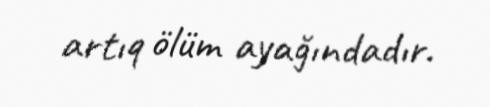
artıq ölüm ayağındadır.